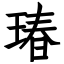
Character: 瑃